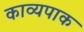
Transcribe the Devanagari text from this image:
काव्यपाक